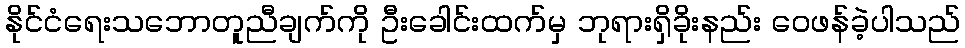
နိုင်ငံရေးသဘောတူညီချက်ကို ဦးခေါင်းထက်မှ ဘုရားရှိခိုးနည်း ဝေဖန်ခဲ့ပါသည်